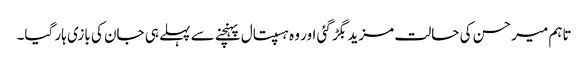
تاہم میر حسن کی حالت مزید بگڑ گئی اور وہ ہسپتال پہنچنے سے پہلے ہی جان کی بازی ہار گیا۔